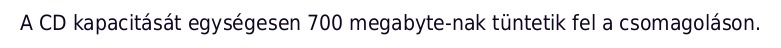
A CD kapacitását egységesen 700 megabyte-nak tüntetik fel a csomagoláson.